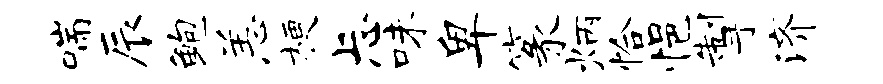
喘辰鲍恙梗忐味卑篆炳恰悒掣济